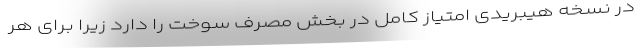
در نسخه هیبریدی امتیاز کامل در بخش مصرف سوخت را دارد زیرا برای هر